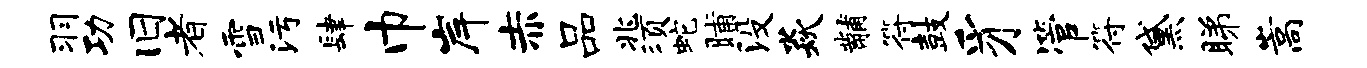
羽功旧者雪污肆巾岸赤品兆须蛇晡没焱黼符鼓豸管符黛睇嵩